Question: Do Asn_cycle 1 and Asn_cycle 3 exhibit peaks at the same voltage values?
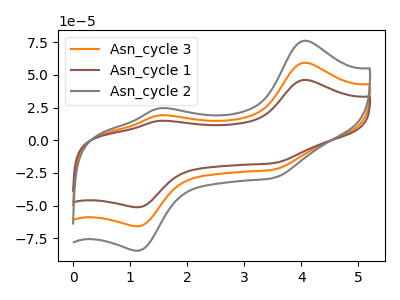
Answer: <think>The orange curve "Asn_cycle 3" has anodic peaks at (4.05V, 59.20uA) (1.50V, 18.95uA) and cathodic peaks at (1.15V, -65.70uA) (3.50V, -22.30uA). The brown curve "Asn_cycle 1" has anodic peaks at (4.05V, 46.10uA) (1.50V, 14.75uA) and cathodic peaks at (1.15V, -51.15uA) (3.50V, -17.40uA). The gray curve "Asn_cycle 2" has anodic peaks at (4.05V, 118.40uA) (1.50V, 37.85uA) and cathodic peaks at (1.15V, -131.40uA) (3.50V, -44.65uA).</think>
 <answer>Yes, "Asn_cycle 1" have a peak in "Asn_cycle 3" at the same potential.</answer>
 <eval>match</eval>